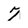
Character: 7